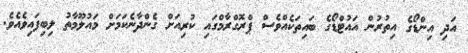
އަދި އިންޑޯގެ އިތުރުން އައުޓްޑޯގެ ބައިތަކެއްވެސް ޕްރޮގްރާމްގައި ކުރިއަށް ގެންދާނެކަމަށް މައުލޫމާތު ލިބިފައިވެއެވެ.